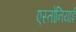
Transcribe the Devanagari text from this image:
एस्तोनियाई